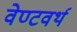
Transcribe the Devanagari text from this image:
वेण्टवर्थ